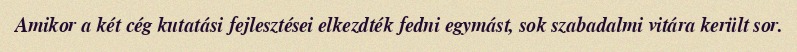
Amikor a két cég kutatási fejlesztései elkezdték fedni egymást, sok szabadalmi vitára került sor.